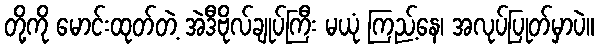
တို့ကို မောင်းထုတ်တဲ့ အဲဒီဗိုလ်ချုပ်ကြီး မယုံ ကြည့်နေ၊ အလုပ်ပြုတ်မှာပဲ။